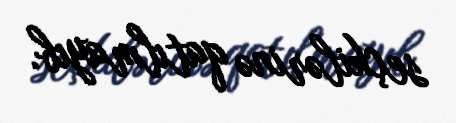
seçkilərinə qatılmayıb.